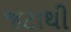
જટાથી